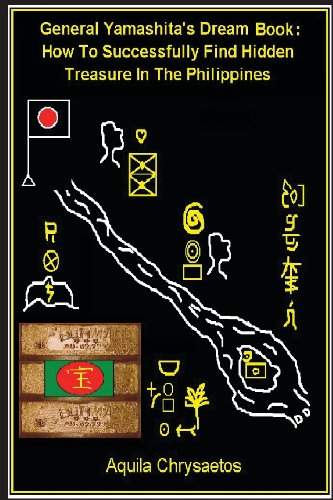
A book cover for General Yamashita's Dream Book: How to Successfully Find Hidden Treasure in the Philippines; Aquila Chrysaetos; Travel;